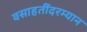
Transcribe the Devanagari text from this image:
वसाहतींदरम्यान